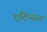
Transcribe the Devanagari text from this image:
एदिन्सन